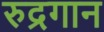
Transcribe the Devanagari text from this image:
रुद्रगान